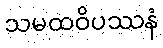
သမထဝိပဿနံ